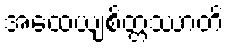
အထေယျစိတ္တဿာတိ